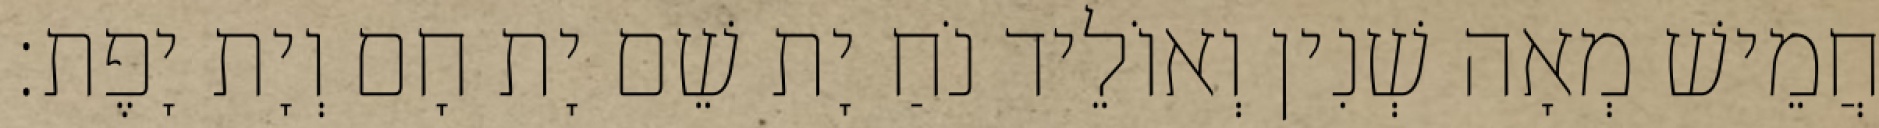
חֲמֵישׁ מְאָה שְׁנִין וְאוֹלֵיד נֹחַ יָת שֵׁם יָת חָם וְיָת יָפֶת׃